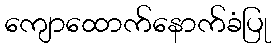
ကျောထောက်နောက်ခံပြု